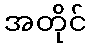
အတိုင်